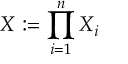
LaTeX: X : = \prod _ { i = 1 } ^ { n } X _ { i }